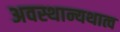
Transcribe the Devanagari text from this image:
अवस्थान्यथात्व